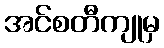
အင်စတီကျုမှ